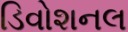
ડિવોશનલ